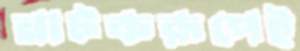
নাটকরূপেই